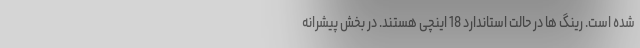
شده است. رینگ ها در حالت استاندارد 18 اینچی هستند. در بخش پیشرانه